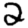
Digit: 2